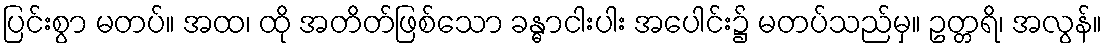
ပြင်းစွာ မတပ်။ အထ၊ ထို အတိတ်ဖြစ်သော ခန္ဓာငါးပါး အပေါင်း၌ မတပ်သည်မှ။ ဥတ္တရိ၊ အလွန်။